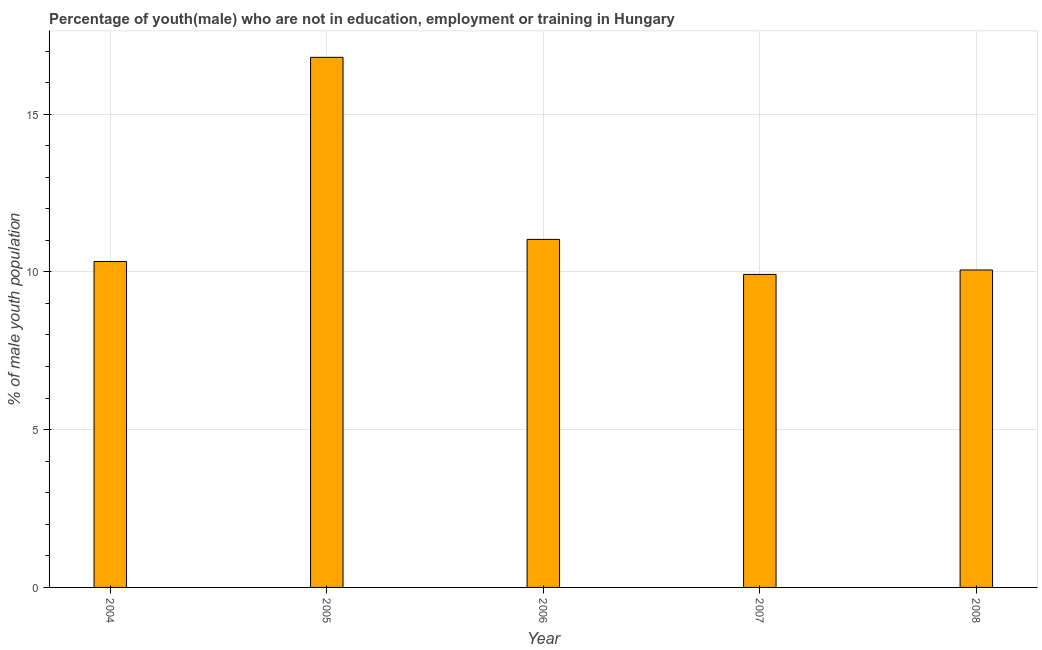
| Year | Unemployed(male) |
 | --- | --- |
 | 2004 | 10.3 |
 | 2005 | 16.8 |
 | 2006 | 11 |
 | 2007 | 9.92 |
 | 2008 | 10.1 |